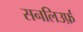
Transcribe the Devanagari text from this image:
सनलिउर्फ़